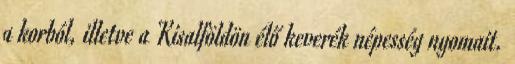
a korból, illetve a Kisalföldön élő keverék népesség nyomait.